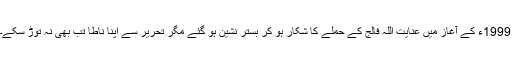
1999ء کے آغاز میں عنایت اللہ فالج کے حملے کا شکار ہو کر بستر نشین ہو گئے مگر تحریر سے اپنا ناطا تب بھی نہ توڑ سکے۔